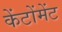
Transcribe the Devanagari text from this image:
केंटोंमेंट